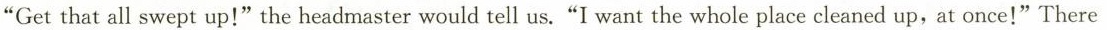
"Get that all swept up!"the headmaster would tell us."I want the whole place cleaned up, at once！"There